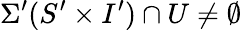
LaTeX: \Sigma^{\prime}(S^{\prime}\times I^{\prime})\cap U\neq\emptyset